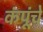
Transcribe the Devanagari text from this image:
कंपूंचे